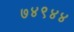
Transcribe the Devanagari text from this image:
७४९४४